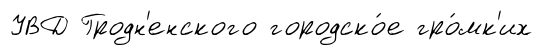
УВД Гродн'енского городско́е гро́мк'их